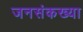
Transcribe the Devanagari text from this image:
जनसंकख्या